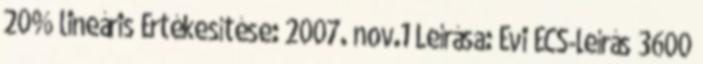
20% lineáris Értékesítése: 2007. nov.1 Leírása: Évi ÉCS-leírás 3600